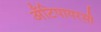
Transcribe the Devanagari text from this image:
अँटिपायरसी